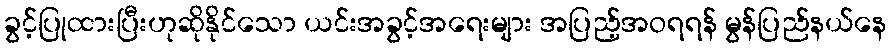
ခွင့်ပြုထားပြီးဟုဆိုနိုင်သော ယင်းအခွင့်အရေးများ အပြည့်အဝရရန် မွန်ပြည်နယ်နေ